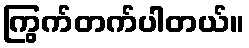
ကြွက်တက်ပါတယ်။